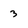
Character: 3